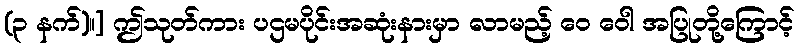
(၃ နက်)။] ဤသုတ်ကား ပဌမပိုင်းအဆုံးနားမှာ လာမည့် ဝေ ဝေါ အပြုတို့ကြောင့်